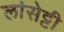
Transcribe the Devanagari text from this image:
लांसेट्टी